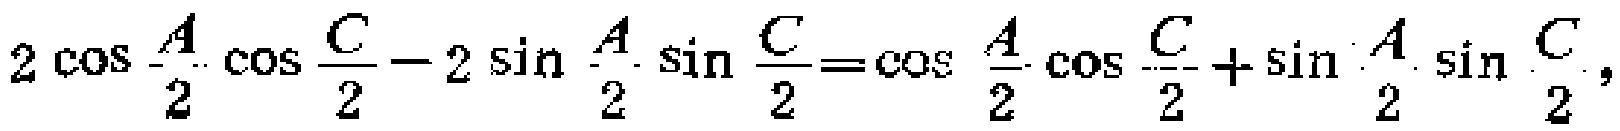
$2\cos\frac{A}{2}\cos\frac{C}{2}-2\sin\frac{A}{2}\sin\frac{C}{2}=\cos\frac{A}{2}\cos\frac{C}{2}+\sin\frac{A}{2}\sin\frac{C}{2},$